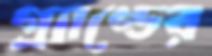
গ্র্যাণ্ডের